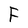
Character: F